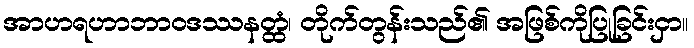
အာဟရဟာဘာဝဒဿနတ္ထံ၊ တိုက်တွန်းသည်၏ အဖြစ်ကိုပြုခြင်းငှာ။